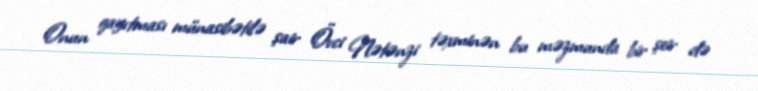
Onun qayıtması münasibətilə şair Övci Nətənzi təxminən bu məzmunda bir şeir də